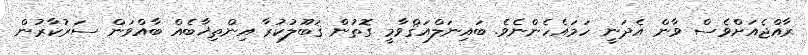
ރާއްޖެއަށްވެސް ވާން އެދަނީ ހަމައެހެންނެވެ. ބައިނަލްއަޤްވާމީ ގޮތުން ޤަބޫލުކުރާ އިންތިޚާބެއް ބާއްވަން ސަރުކާރުން